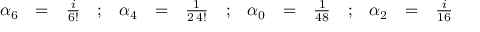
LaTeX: \begin{array} { r c l c r c l c r c l c r c l } { { \alpha _ { 6 } } } & { { = } } & { { \frac { i } { 6 ! } } } & { { ; } } & { { \alpha _ { 4 } } } & { { = } } & { { \frac { 1 } { 2 \, 4 ! } } } & { { ; } } & { { \alpha _ { 0 } } } & { { = } } & { { \frac { 1 } { 4 8 } } } & { { ; } } & { { \alpha _ { 2 } } } & { { = } } & { { \frac { i } { 1 6 } } } \end{array}